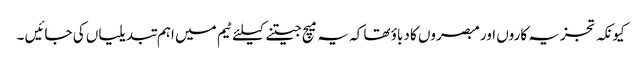
کیونکہ تجزیہ کاروں اور مبصروں کا دباؤ تھا کہ یہ میچ جیتنے کیلئے ٹیم میں اہم تبدیلیاں کی جائیں ۔